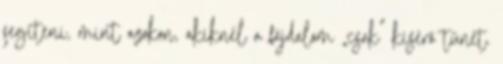
segíteni, mint azokon, akiknél a fájdalom „csak” kísérő tünet.